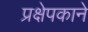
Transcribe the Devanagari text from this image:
प्रक्षेपकाने